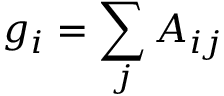
g _ { i } = \sum _ { j } A _ { i j }